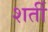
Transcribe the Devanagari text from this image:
शर्ती